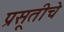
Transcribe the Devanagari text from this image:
प्रसूतीचे